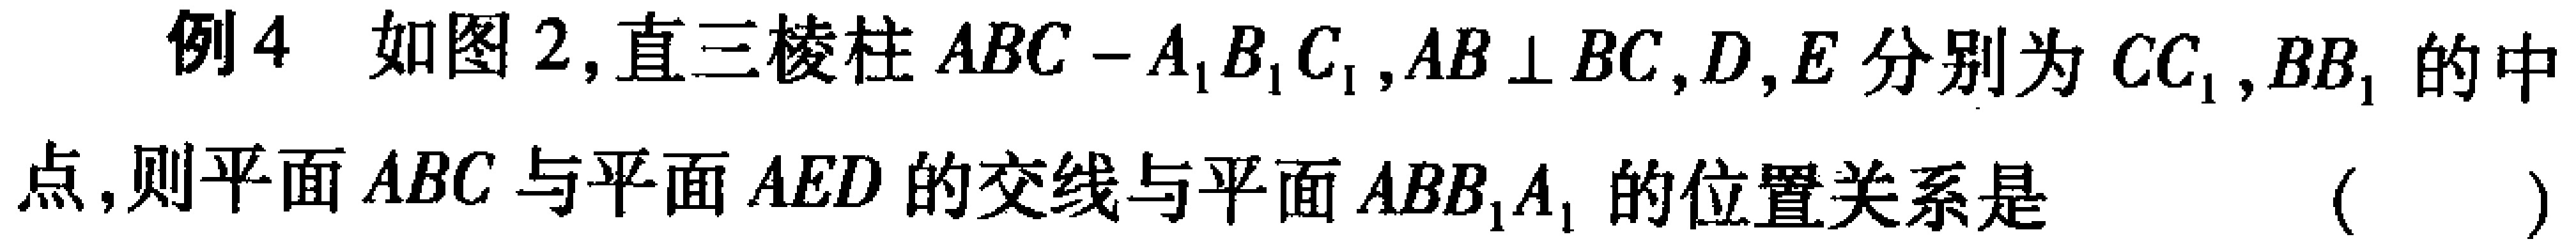
例4 如图2,直三棱柱 \(ABC - A_{1}B_{1}C_{1}\),\(AB\perp BC\),\(D\),\(E\)分别为 \(CC_{1}\),\(BB_{1}\) 的中
点,则平面 \(ABC\) 与平面 \(AED\) 的交线与平面 \(ABB_{1}A_{1}\) 的位置关系是 （  ）